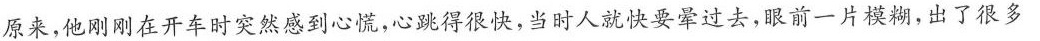
原来，他刚刚在开车时突然感到心慌，心跳得很快，当时人就快要晕过去，眼前一片模糊，出了很多